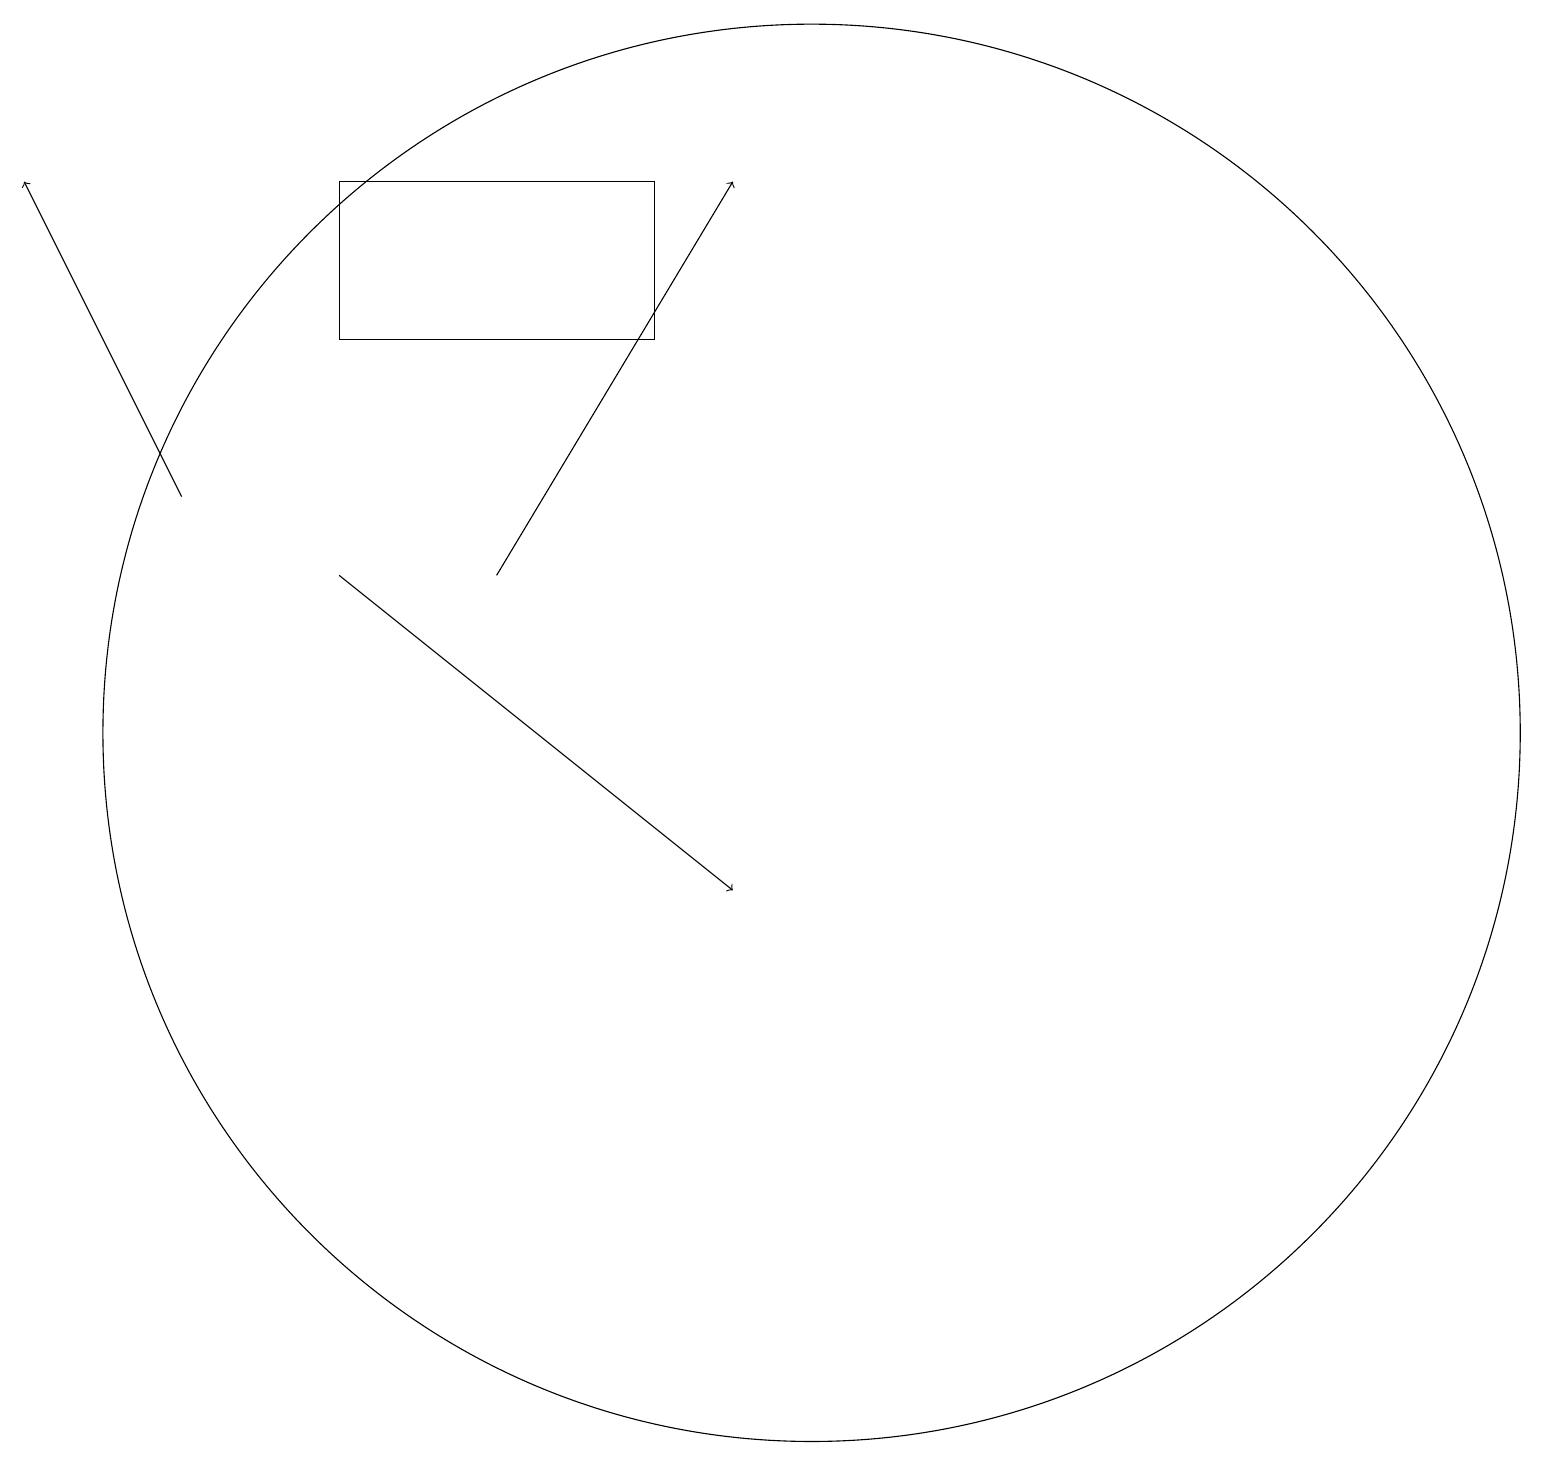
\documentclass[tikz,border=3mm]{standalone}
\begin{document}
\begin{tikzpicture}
\draw (10,12) circle (9);
\draw[->] (6,14) -- (9,19);
\draw[->] (2,15) -- (0,19);
\draw (4,17) rectangle (8,19);
\draw[->] (4,14) -- (9,10);
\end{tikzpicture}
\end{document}